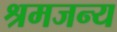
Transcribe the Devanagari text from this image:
श्रमजन्य